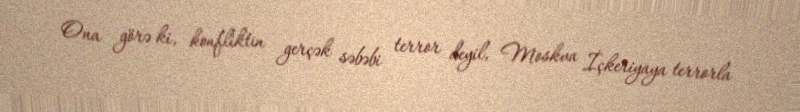
Ona görə ki, konfliktin gerçək səbəbi terror deyil, Moskva İçkeriyaya terrorla